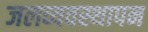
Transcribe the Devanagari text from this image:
जलव्यवस्थापन